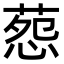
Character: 葾